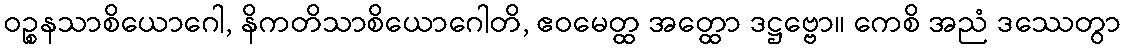
ဝဉ္စနသာစိယောဂေါ, နိကတိသာစိယောဂေါတိ, ဧဝမေတ္ထ အတ္ထော ဒဋ္ဌဗ္ဗော။ ကေစိ အညံ ဒဿေတွာ